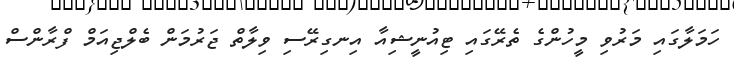
ހަމަލާގައި މަރުވި މީހުންގެ ތެރޭގައި ޓިއުނީޝިއާ އިނގިރޭސި ވިލާތް ޖަރުމަން ބެލްޖިއަމް ފްރާންސް